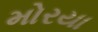
મોરયા